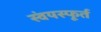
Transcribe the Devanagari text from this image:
स्वंयस्फूर्त